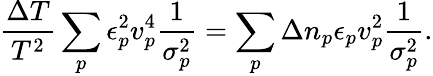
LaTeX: {\frac{\Delta T}{T^{2}}}\sum_{p}\epsilon_{p}^{2}{v}_{p}^{4}{\frac{1}{{\sigma}_{p}^{2}}}=\sum_{p}\Delta n_{p}\epsilon_{p}{v}_{p}^{2}{\frac{1}{{\sigma}_{p}^{2}}}.